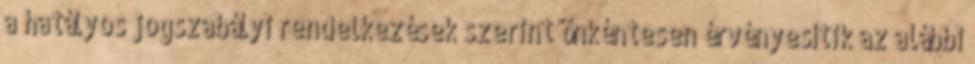
a hatályos jogszabályi rendelkezések szerint önkéntesen érvényesítik az alábbi